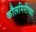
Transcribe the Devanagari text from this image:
कौलगिरीच्या